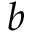
b